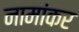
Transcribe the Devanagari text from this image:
नामांकर